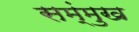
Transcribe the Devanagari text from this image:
सम्ंमुख